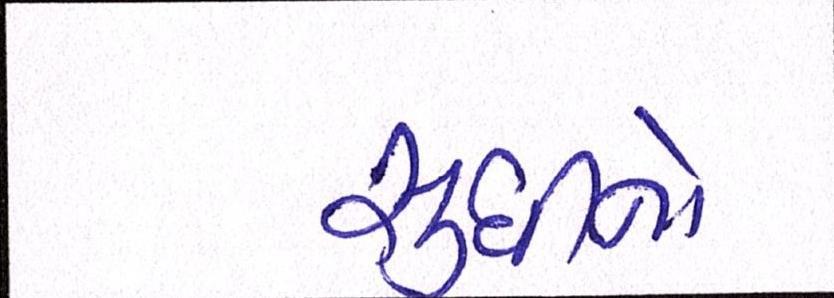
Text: સુધીનો